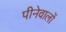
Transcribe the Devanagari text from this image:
पीनेवालों